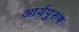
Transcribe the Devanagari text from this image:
आर्यपुरुष